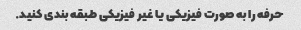
حرفه را به صورت فیزیکی یا غیر فیزیکی طبقه بندی کنید.